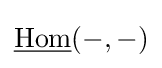
{\underline {\operatorname {Hom} }}(-,-)